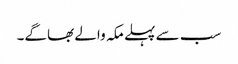
سب سے پہلے مکہ والے بھاگے۔